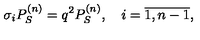
\sigma _ { i } P _ { S } ^ { ( n ) } = q ^ { 2 } P _ { S } ^ { ( n ) } , \quad i = \overline { { 1 , n - 1 } } ,